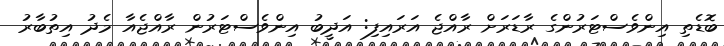
ބޮޑެތި އިންވެސްޓަރުންގެ ރާޑަރަށް ރާއްޖެ އަރައިފި: އަދީބު އިންވެސްޓަރުން ރާއްޖެއާ މެދު އިތުބާރު